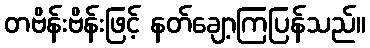
တဗိန်းဗိန်းဖြင့် နတ်ချော့ကြပြန်သည်။